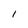
Character: l